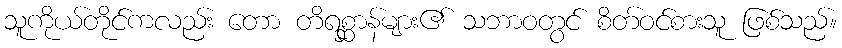
သူကိုယ်တိုင်ကလည်း တော တိရစ္ဆာန်များ၏ သဘာဝတွင် စိတ်ဝင်စားသူ ဖြစ်သည်။